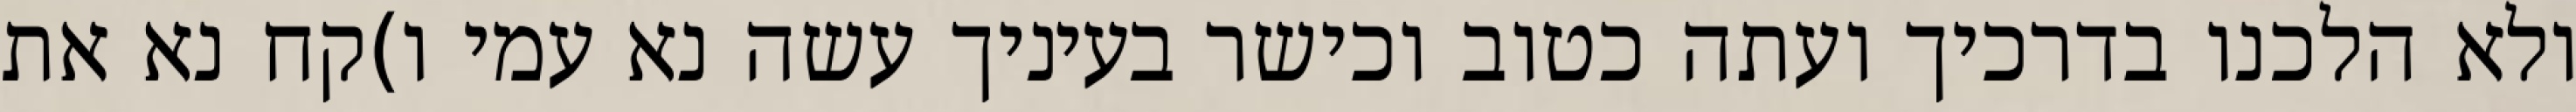
ולא הלכנו בדרכיך ועתה כטוב וכישר בעיניך עשה נא עמי ו)קח נא את